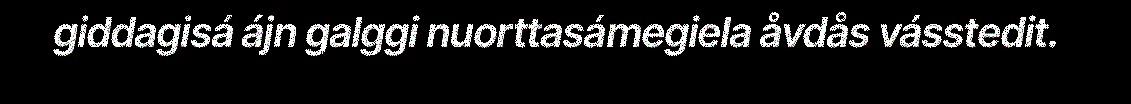
giddagisá ájn galggi nuorttasámegiela åvdås vásstedit.